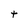
Character: t